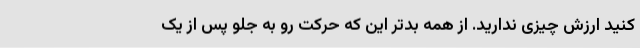
کنید ارزش چیزی ندارید. از همه بدتر این که حرکت رو به جلو پس از یک